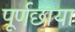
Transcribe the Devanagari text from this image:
पूर्णछाया